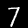
Digit: 7